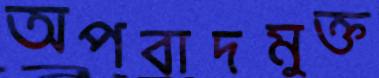
অপবাদমুক্ত